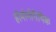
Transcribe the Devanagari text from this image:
होमोयोपैथिक